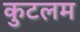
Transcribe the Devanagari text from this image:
कुटलम